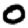
Digit: 0